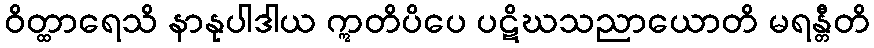
ဝိတ္ထာရေသိ နာနုပါဒါယ ဣတိပိပေ ပဋိဃသညာယောတိ မရန္တီတိ